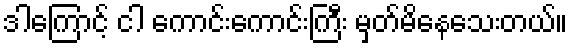
ဒါကြောင့် ငါ ကောင်းကောင်းကြီး မှတ်မိနေသေးတယ်။